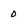
Character: 0